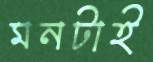
মনটাই